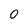
Character: 0